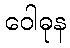
ဝေါဓုန